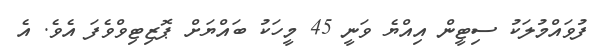
ފުވައްމުލަކު ސިޓީން އިއްޔެ ވަނީ 45 މީހަކު ބައްޔަށް ޕޮޒިޓިވްވެފަ އެވެ. އެ